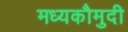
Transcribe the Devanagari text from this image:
मध्यकौमुदी